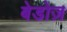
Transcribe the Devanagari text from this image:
बेडोज़